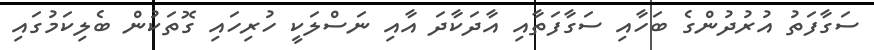
ސަގާފަތު އުރުދުންގެ ބަހާއި ސަގާފަތާއި އާދަކާދަ އާއި ނަސްލަކީ ހުރިހައި ގޮތަކުން ބެލިކަމުގައި